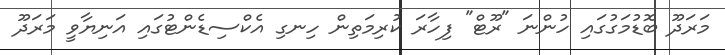
މަރަދޫ ބޮޑުމަގުގައި ހުންނަ "ރޫޓް" ފިހާރަ ކުރިމަތިން ހިނގި އެކްސިޑެންޓުގައި އަނިޔާވީ މަރަދޫ